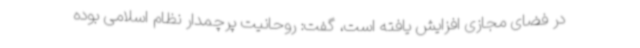
در فضای مجازی افزایش یافته است، گفت: روحانیت پرچمدار نظام اسلامی بوده